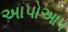
અાપોઆપ